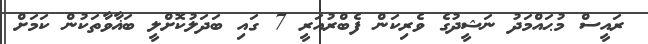
ރައީސް މުޙައްމަދު ނަޝީދުގެ ވެރިކަން ފެބްރުއަރީ 7 ގައި ބަދަލުކޮށްލީ ބަޣާވާތަކުން ކަމަށް